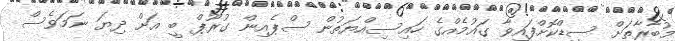
މުބާރާތަށް ސީޑްކޮށްފައިވާ ގައުމެއްގެ ހައިސިއްޔަތުން ސްޕެއިން ގުރޫޕް ބީ އަށް ދިޔަ ނަމަވެސް